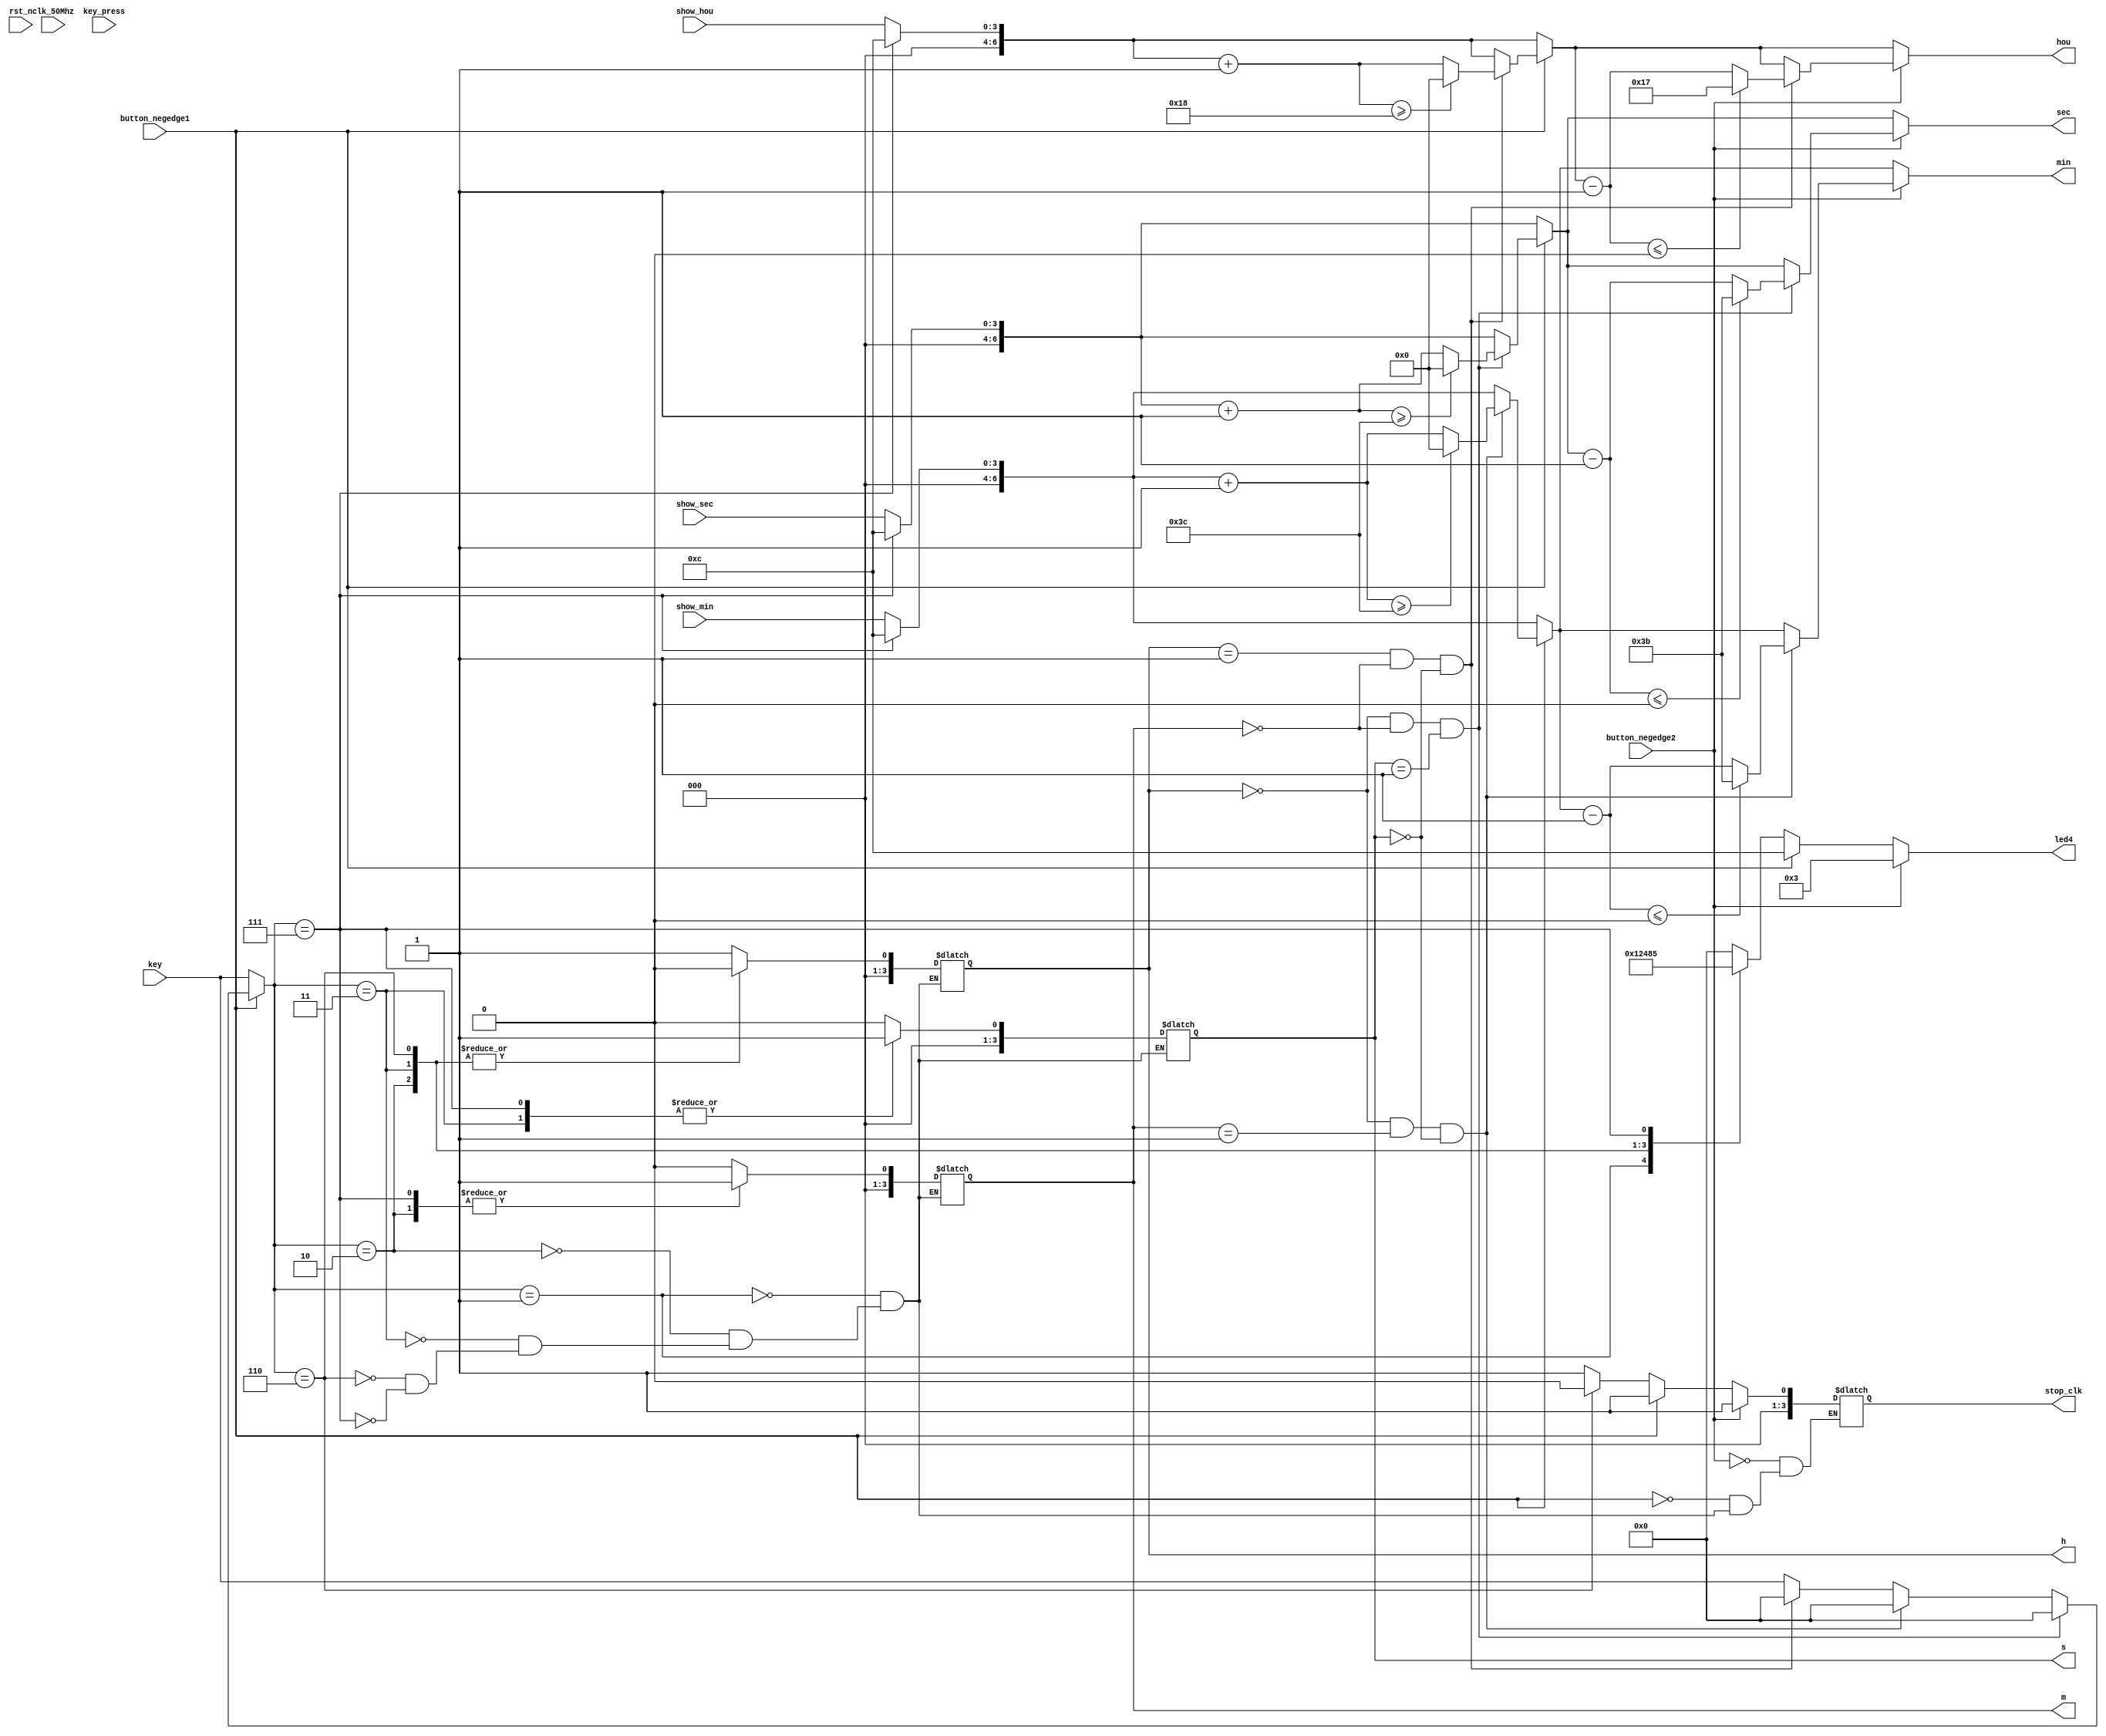
module control(clk_50Mhz,key,key_press,button_negedge1,button_negedge2,rst_n,show_hou,show_min,show_sec,stop_clk,h,m,s,hou,min,sec,led4);
	input clk_50Mhz,button_negedge1,button_negedge2;
	input [3:0] key,key_press;
	input [3:0] show_hou,show_min,show_sec;
	input rst_n;
	output reg[3:0] stop_clk,h,m,s,led4 = 4'b0000;
	output reg[6:0] hou,min,sec;
	reg[3:0] key_val,prev_key_press = 0;
	
	
	
	always @(*)begin
		hou = show_hou;
		min = show_min;
		sec = show_sec;

		key_val <= key;

		case(key_val)
			4'd1:begin
				led4 = 4'b0001;
				stop_clk <= 1;
				h<=1;
				m<=0;
				s<=0;
			
			end
			4'd2:begin
				led4 = 4'b0010;
				stop_clk <= 1;
				h<=0;
				m<=1;
				s<=0;
				
			end
			4'd3:begin
				led4 = 4'b0100;
				stop_clk <= 1;
				h<=0;
				m<=0;
				s<=1;
				
			end
//			4'd4:begin
//				if(key_press == prev_key_press)begin
//				led4 <= 4'b1100;
//				stop_clk <= 1;
//				if(h==1&&m==0&&s==0) begin hou = hou + 1;key_val <= 0; if (hou >= 24) hou = 0;end
//				if(h==0&&m==1&&s==0) begin min = min + 1;key_val <= 0; if (min >= 60) min = 0;end
//				if(h==0&&m==0&&s==1) begin sec = sec + 1;key_val <= 0; if (sec >= 60) sec = 0;end
//				end
//			end
			
//			4'd5:begin
//				if(key_press == prev_key_press)begin
//				led4 = 4'b0011;
//				stop_clk <= 1;
//				if(h==1&&m==0&&s==0) begin hou = hou - 1; if (hou <= 0) hou = 23;end
//				if(h==0&&m==1&&s==0) begin min = min - 1; if (min <= 0) min = 59;end
//				if(h==0&&m==0&&s==1) begin sec = sec - 1; if (sec <= 0) sec = 59;end
//				end
//			end
			
			4'd6:begin
				led4 = 4'b1000;
				stop_clk <= 0;
				h<=0;
				m<=0;
				s<=0;
				
			end
			4'd7:begin
				stop_clk <= 1;
				led4 = 4'b0101;
				h<=1;
				m<=1;
				s<=1;
				hou = 12;
				min = 12;
				sec = 12;
				
			end
			default: led4 = 4'b0000;
		endcase
		
		
		
		if(button_negedge1)begin
				led4 = 4'b1100;
				stop_clk <= 1;
				if(h==1&&m==0&&s==0) begin hou = hou + 1;key_val <= 0; if (hou >= 24) hou = 0;end
				if(h==0&&m==1&&s==0) begin min = min + 1;key_val <= 0; if (min >= 60) min = 0;end
				if(h==0&&m==0&&s==1) begin sec = sec + 1;key_val <= 0; if (sec >= 60) sec = 0;end
				end
				
		if(button_negedge2)begin
				led4 = 4'b0011;
				stop_clk <= 1;
				if(h==1&&m==0&&s==0) begin hou = hou - 1; if (hou <= 0) hou = 23;end
				if(h==0&&m==1&&s==0) begin min = min - 1; if (min <= 0) min = 59;end
				if(h==0&&m==0&&s==1) begin sec = sec - 1; if (sec <= 0) sec = 59;end
				end
				
				
				
				
		prev_key_press = key_press;
	end

endmodule



//if (key_val == 4) begin
//            sec <= 12;
//				min <= 58;
//				hou <= 23;
//        end
//		
//		if(key_val == 1)begin
//			key1_cnt <= key1_cnt + 1;
//		end
//		if(key1_cnt == 5)begin
//			key1_cnt <= 0;
//		end
//		
//		case(key1_cnt)
//			4'd1:begin 
//				stop_clk <= 1;
//				h <= 1;
//				m <= 0;
//				s <= 0;
//				led4 = 4'b0001;
//			end
//			4'd2:begin
//				h <= 0;
//				m <= 1;
//				s <= 0;
//				led4 <= 4'b0010;
//			end
//			
//			4'd3:begin
//				h <= 0;
//				m <= 0;
//				s <= 1;
//				led4 <= 4'b0100;
//			end
//			4'd4:begin
//				stop_clk <= 0;  // 4
//				h <= 0;
//				m <= 0;
//				s <= 0;
//				led4 <= 4'b1000;
//			end
//			
//		endcase
//		
//		if(key_val == 2)begin
//			if(h==1&&m==0&&s==0) begin hou <= hou + 1; if (hou >= 24) hou <= 0;end
//			if(h==0&&m==1&&s==0) begin min <= min + 1; if (min >= 60) min <= 0;end
//			if(h==1&&m==0&&s==0) begin sec <= sec + 1; if (sec >= 60) sec <= 0;end
//		end
//		
//		if(key_val == 3)begin
//			if(h==1&&m==0&&s==0) begin hou <= hou - 1; if (hou < 0) hou <= 23;end
//			if(h==0&&m==1&&s==0) begin min <= min - 1; if (min < 0) min <= 59;end
//			if(h==1&&m==0&&s==0) begin sec <= sec - 1; if (sec < 0) sec <= 59;end
//		end